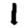
Digit: 1